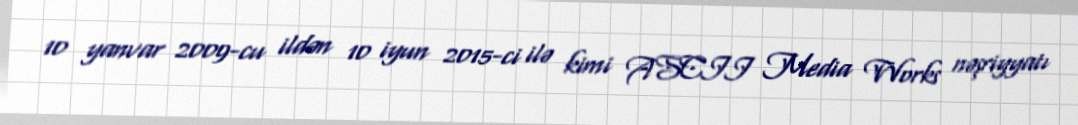
10 yanvar 2009-cu ildən 10 iyun 2015-ci ilə kimi ASCII Media Works nəşriyyatı